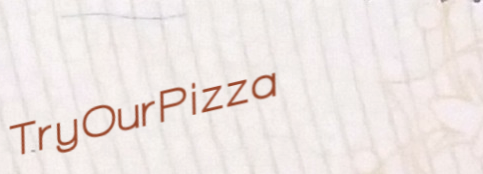
TryOurPizza